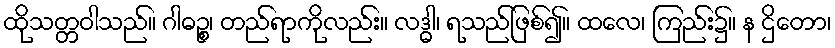
ထိုသတ္တဝါသည်။ ဂါဓဉ္စ၊ တည်ရာကိုလည်း။ လဒ္ဓါ၊ ရသည်ဖြစ်၍။ ထလေ၊ ကြည်း၌။ န ဌိတော၊